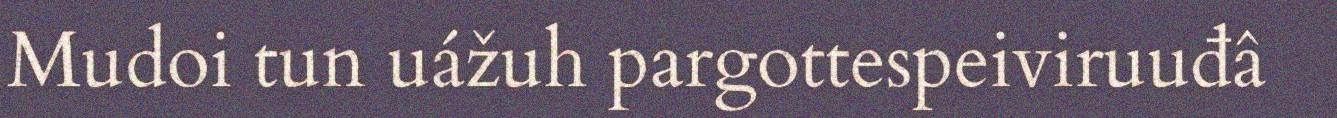
Mudoi tun uážuh pargottespeiviruuđâ